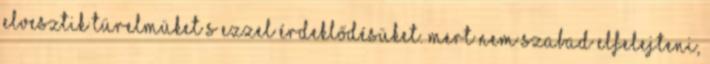
Elvesztik türelmüket s ezzel érdeklődésüket. Mert nem szabad elfelejteni,